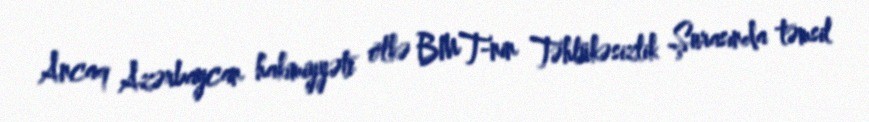
Ancaq Azərbaycan hakimiyyəti ölkə BMT-nin Təhlükəsizlik Şurasında təmsil